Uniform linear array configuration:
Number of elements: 4
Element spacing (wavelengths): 1
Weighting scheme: cosine
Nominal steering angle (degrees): -30
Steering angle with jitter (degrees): -28.445
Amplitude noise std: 0.05
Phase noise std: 0.05

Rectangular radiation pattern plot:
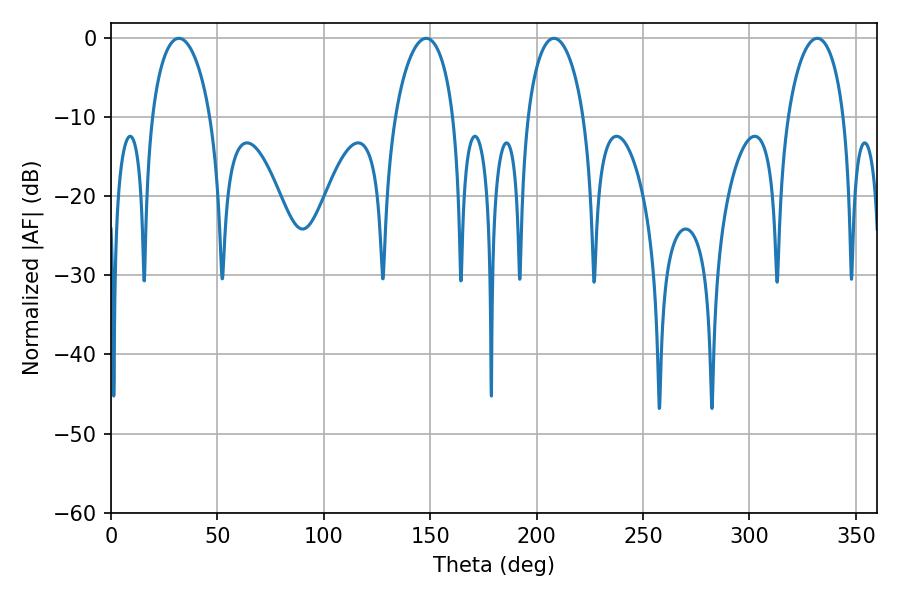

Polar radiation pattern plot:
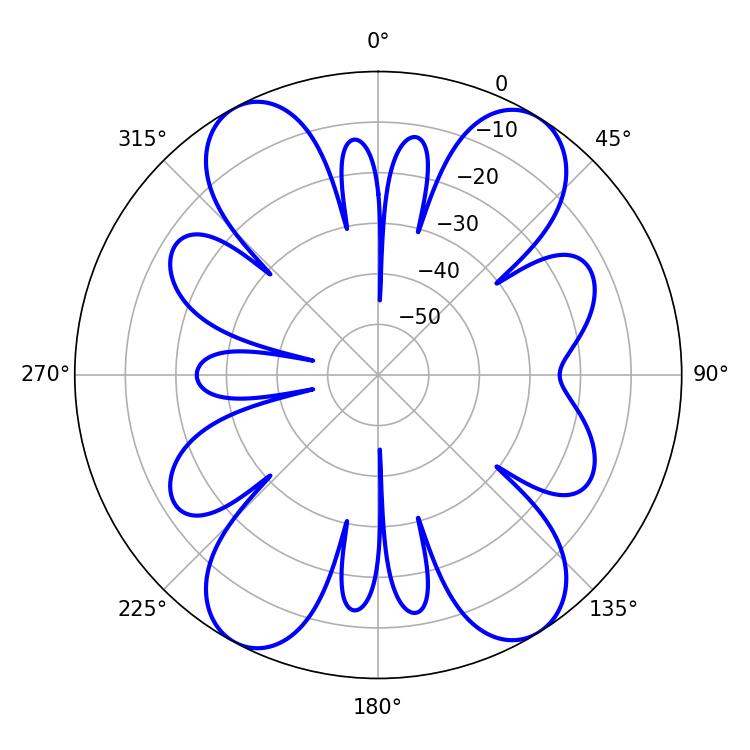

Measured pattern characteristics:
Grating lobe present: TRUE
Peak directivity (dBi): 16.272
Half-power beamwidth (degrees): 15.84
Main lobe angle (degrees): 31.86